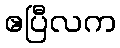
ဧပြီလက